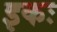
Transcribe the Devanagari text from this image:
इकः